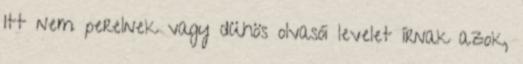
Itt nem perelnek vagy dühös olvasói levelet írnak azok,